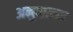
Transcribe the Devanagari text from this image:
अनुपालक